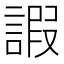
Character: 𧪕